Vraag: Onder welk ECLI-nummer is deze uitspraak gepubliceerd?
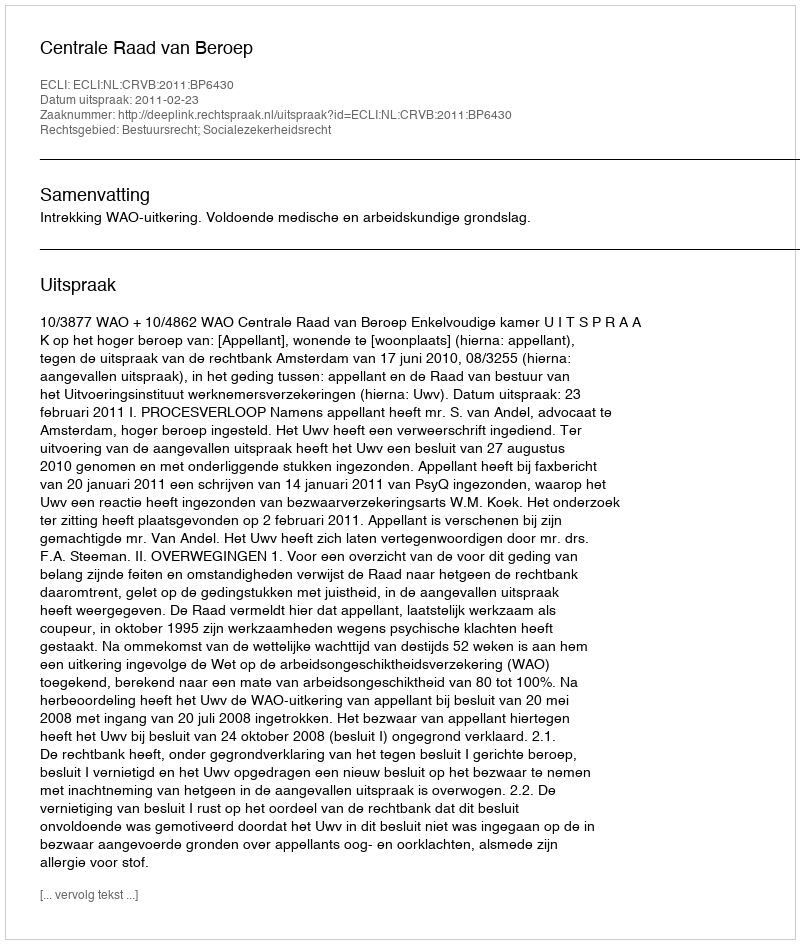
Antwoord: ECLI:NL:CRVB:2011:BP6430